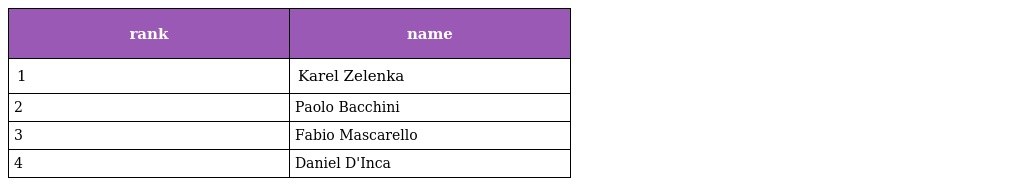
| rank | name |
 | --- | --- |
 | 1 | Karel Zelenka |
 | 2 | Paolo Bacchini |
 | 3 | Fabio Mascarello |
 | 4 | Daniel D'Inca |